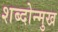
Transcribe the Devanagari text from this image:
शब्दोन्मुख